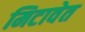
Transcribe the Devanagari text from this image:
मिटावेत